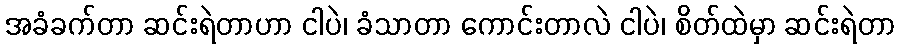
အခံခက်တာ ဆင်းရဲတာဟာ ငါပဲ၊ ခံသာတာ ကောင်းတာလဲ ငါပဲ၊ စိတ်ထဲမှာ ဆင်းရဲတာ